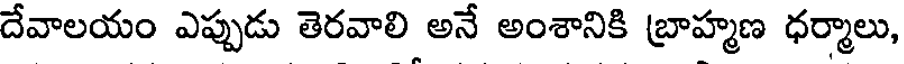
దేవాలయం ఎప్పుడు తెరవాలి అనే అంశానికి బ్రాహ్మణ ధర్మాలు,